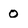
Character: 0